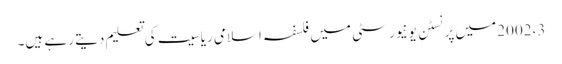
2002،3 میں پرنسٹن یونیورسٹی میں فلسفہ اسلامی ریاسیت کی تعلیم دیتے رہے ہیں۔